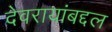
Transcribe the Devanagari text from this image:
देवरायांबद्दल